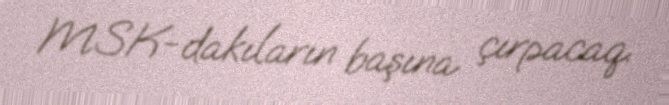
MSK-dakıların başına çırpacaq.